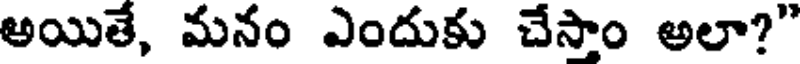
అయితే, మనం ఎందుకు చేసాం అలా?"